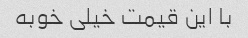
با این قیمت خیلی خوبه